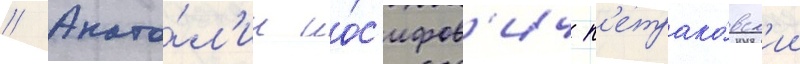
// Анато́л'ии ио́с'ифов'ич п'етрако́вск'ии